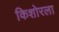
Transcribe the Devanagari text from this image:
किशोरला